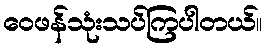
ဝေဖန်သုံးသပ်ကြပါတယ်။